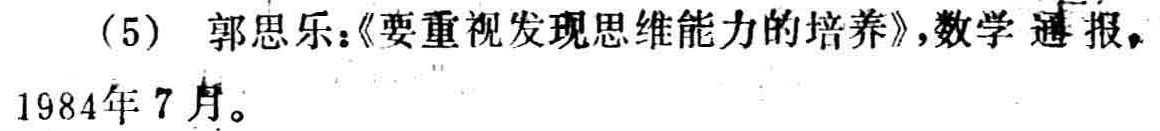
郭思乐：《要重视发现思维能力的培养》，数学通报，1984年7月。